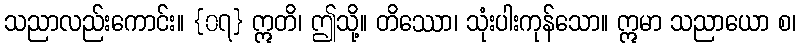
သညာလည်းကောင်း။ {၀၇} ဣတိ၊ ဤသို့။ တိဿော၊ သုံးပါးကုန်သော။ ဣမာ သညာယော စ၊